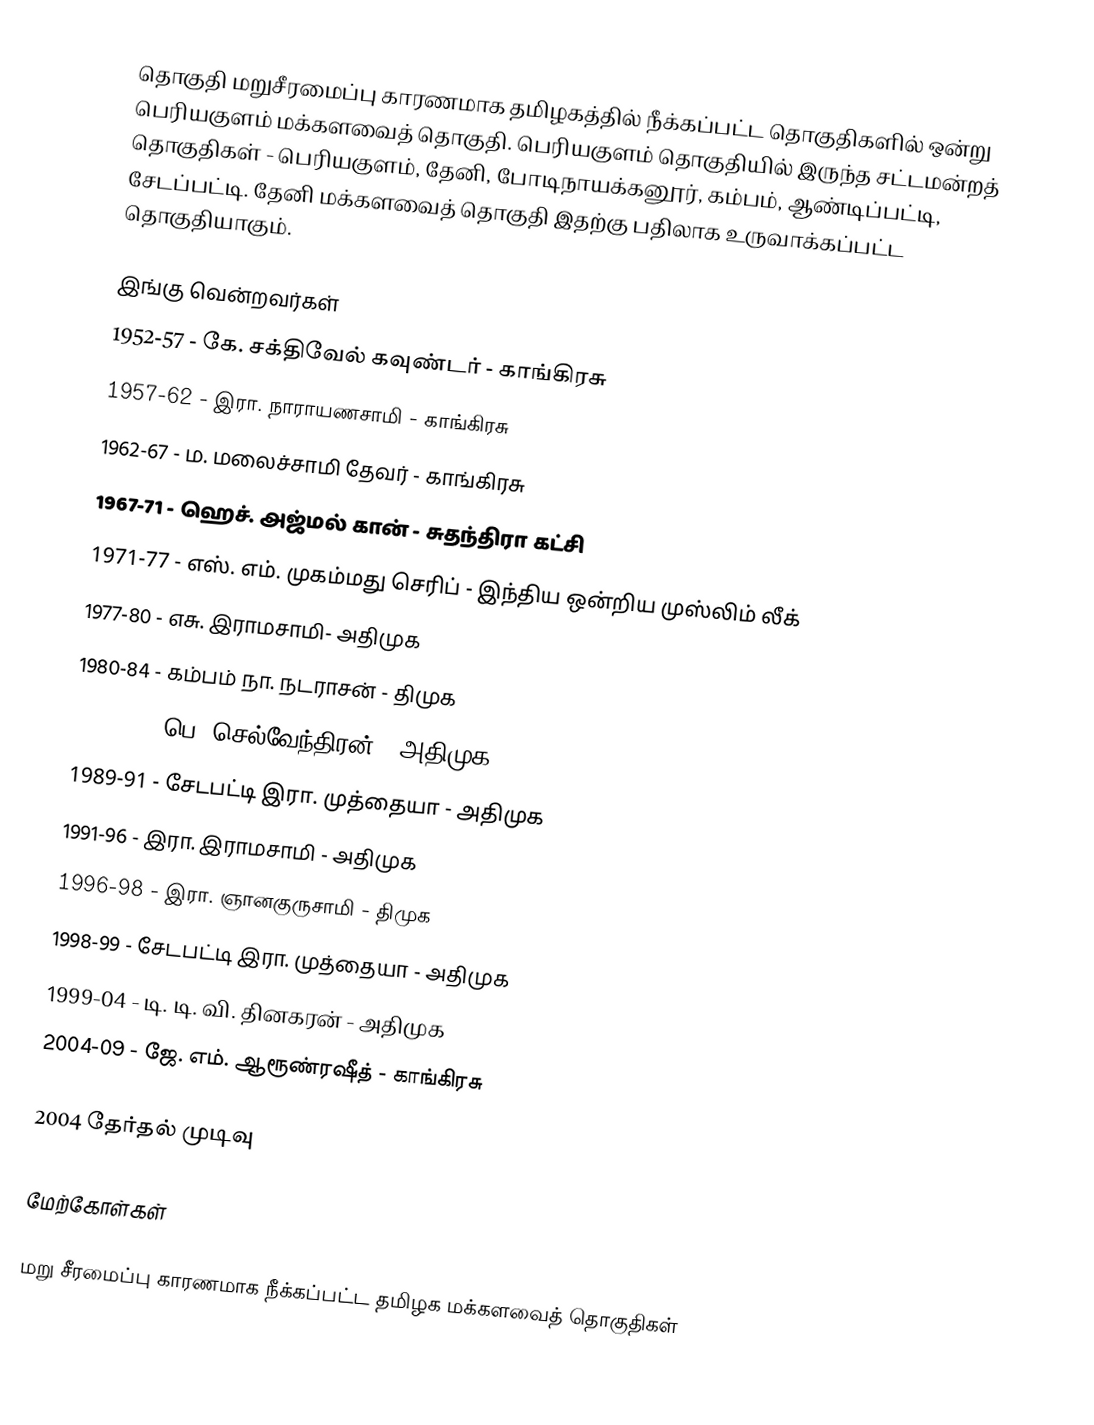
தொகுதி மறுசீரமைப்பு காரணமாக தமிழகத்தில் நீக்கப்பட்ட தொகுதிகளில் ஒன்று பெரியகுளம் மக்களவைத் தொகுதி. பெரியகுளம் தொகுதியில் இருந்த சட்டமன்றத் தொகுதிகள் - பெரியகுளம், தேனி, போடிநாயக்கனூர், கம்பம், ஆண்டிப்பட்டி, சேடப்பட்டி. தேனி மக்களவைத் தொகுதி இதற்கு பதிலாக உருவாக்கப்பட்ட தொகுதியாகும்.

இங்கு வென்றவர்கள்
1952-57 	- கே. சக்திவேல் கவுண்டர்  - காங்கிரசு
1957-62 	- இரா. நாராயணசாமி - காங்கிரசு
1962-67 	- ம. மலைச்சாமி தேவர் - காங்கிரசு
1967-71 	- ஹெச். அஜ்மல் கான் - சுதந்திரா கட்சி
1971-77 	- எஸ். எம். முகம்மது செரிப் - இந்திய ஒன்றிய முஸ்லிம் லீக்
1977-80 	-  எசு. இராமசாமி- அதிமுக
1980-84 	- கம்பம் நா. நடராசன் - திமுக
1984-89 	- பெ. செல்வேந்திரன் - அதிமுக
1989-91 	- சேடபட்டி இரா. முத்தையா - அதிமுக
1991-96 	-  இரா. இராமசாமி - அதிமுக
1996-98 	- இரா. ஞானகுருசாமி - திமுக
1998-99 	- சேடபட்டி இரா. முத்தையா - அதிமுக
1999-04 	- டி. டி. வி. தினகரன் - அதிமுக
2004-09	- ஜே. எம். ஆரூண்ரஷீத் - காங்கிரசு

2004 தேர்தல் முடிவு

மேற்கோள்கள்

மறு சீரமைப்பு காரணமாக நீக்கப்பட்ட தமிழக மக்களவைத் தொகுதிகள்